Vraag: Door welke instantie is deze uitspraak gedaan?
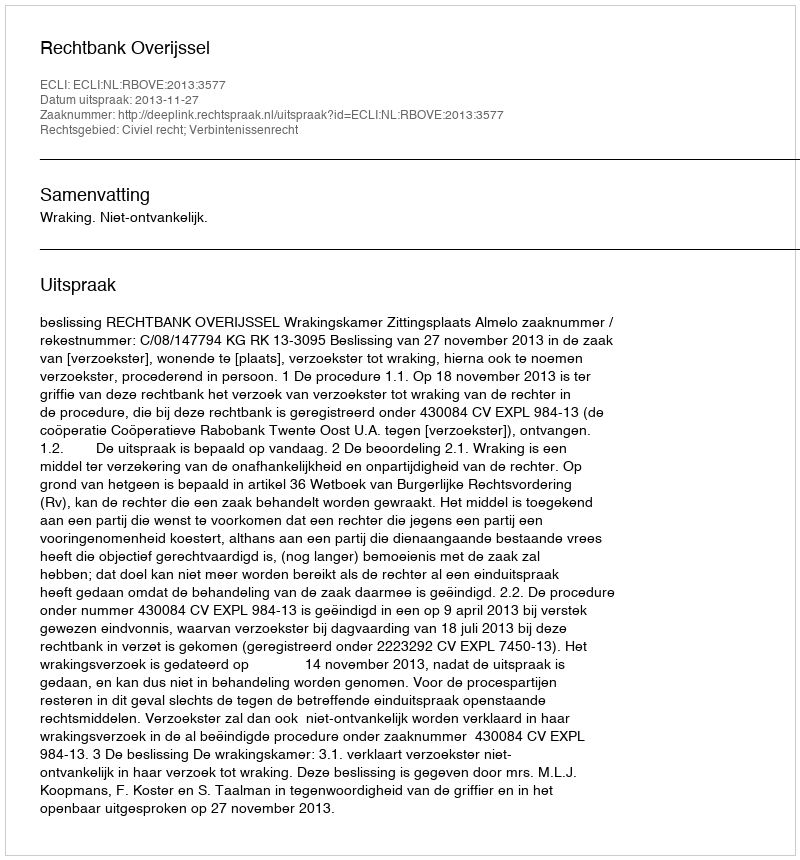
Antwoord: Rechtbank Overijssel